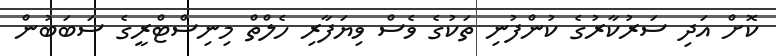
ކޮށް އަދި ސަރުކާރުގެ ކުންފުނި ތަކުގެ ވެސް ވިޔަފާރި ހެލްތް މިނިސްޓްރީގެ ސަބަބުން